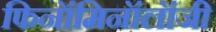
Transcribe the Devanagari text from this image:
फिनॉमिनॉलॉजी